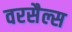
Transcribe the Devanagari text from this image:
वरसैल्स